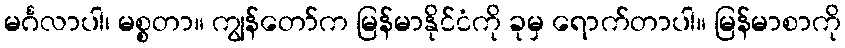
မင်္ဂလာပါ၊ မစ္စတာ။ ကျွန်တော်က မြန်မာနိုင်ငံကို ခုမှ ရောက်တာပါ။ မြန်မာစာကို